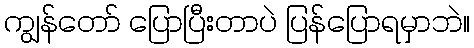
ကျွန်တော် ပြောပြီးတာပဲ ပြန်ပြောရမှာဘဲ။